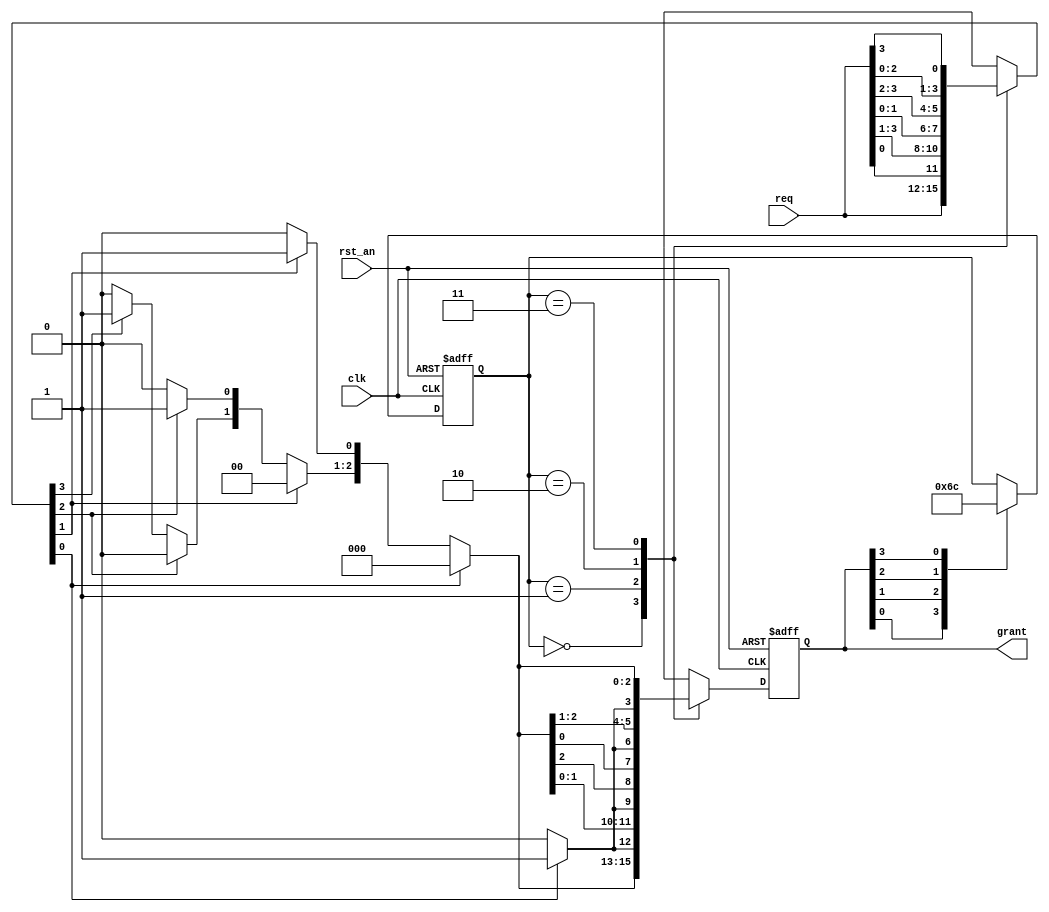
//Rotate -> Priority -> Rotate
module round_robin_arbiter_buggy (
	rst_an,
	clk,
	req,
	grant
);
 
 
input		rst_an;
input		clk;
input	[3:0]	req;
output	[3:0]	grant;
 
reg	[1:0]	rotate_ptr;
reg	[3:0]	shift_req;
reg	[3:0]	shift_grant;
reg	[3:0]	grant_comb;
reg	[3:0]	grant;
 
// shift req to round robin the current priority
always @ (*)
begin
	case (rotate_ptr[1:0])
		2'b00: shift_req[3:0] = req[3:0];
		2'b01: shift_req[3:0] = {req[0],req[3:1]};
		2'b10: shift_req[3:0] = {req[1:0],req[3:2]};
		2'b11: shift_req[3:0] = {req[2:0],req[3]};
	endcase
end
 
// simple priority arbiter
always @ (*)
begin
	shift_grant[3:0] = 4'b0;
	if (shift_req[0])	shift_grant[0] = 1'b1;
	else if (shift_req[1])	shift_grant[1] = 1'b1;
	else if (shift_req[2])	shift_grant[2] = 1'b1;
	else if (shift_req[3])	shift_grant[3] = 1'b1;
end
 
// generate grant signal
always @ (*)
begin
	case (rotate_ptr[1:0])
		2'b00: grant_comb[3:0] = shift_grant[3:0];
		2'b01: grant_comb[3:0] = {shift_grant[2:0],shift_grant[3]};
		2'b10: grant_comb[3:0] = {shift_grant[1:0],shift_grant[3:2]};
		2'b11: grant_comb[3:0] = {shift_grant[0],shift_grant[3:1]};
	endcase
end
 
always @ (posedge clk or negedge rst_an)
begin
	if (!rst_an)	grant[3:0] <= 4'b0;
	else		grant[3:0] <= grant_comb[3:0]; // BUG inserted here. It should have been ANDed with ~grant[3:0]
end
 
// update the rotate pointer
// rotate pointer will move to the one after the current granted
always @ (posedge clk or negedge rst_an)
begin
	if (!rst_an)
		rotate_ptr[1:0] <= 2'b0;
	else 
		case (1'b1) // synthesis parallel_case
			grant[0]: rotate_ptr[1:0] <= 2'd1;
			grant[1]: rotate_ptr[1:0] <= 2'd2;
			grant[2]: rotate_ptr[1:0] <= 2'd3;
			grant[3]: rotate_ptr[1:0] <= 2'd0;
		endcase
end
endmodule